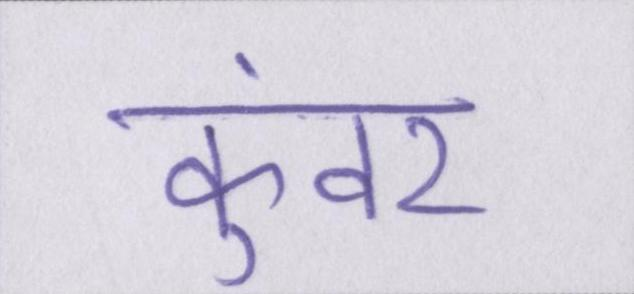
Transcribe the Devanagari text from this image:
कुंवर